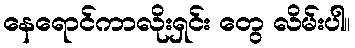
နေရောင်ကာလိုးရှင်း တွေ လိမ်းပါ။